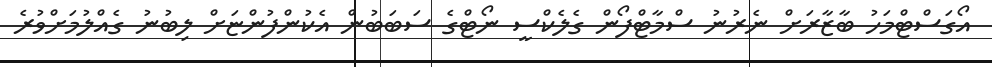
އޯގަސްޓްމަހު ބާޒާރަށް ނެރުނު ސްމާޓްފޯން ގެލެކްސީ ނޯޓްގެ ސަބަބުން އެކުންފުންޏަށް ލިބުނު ގެއްލުމަށްވުރެ